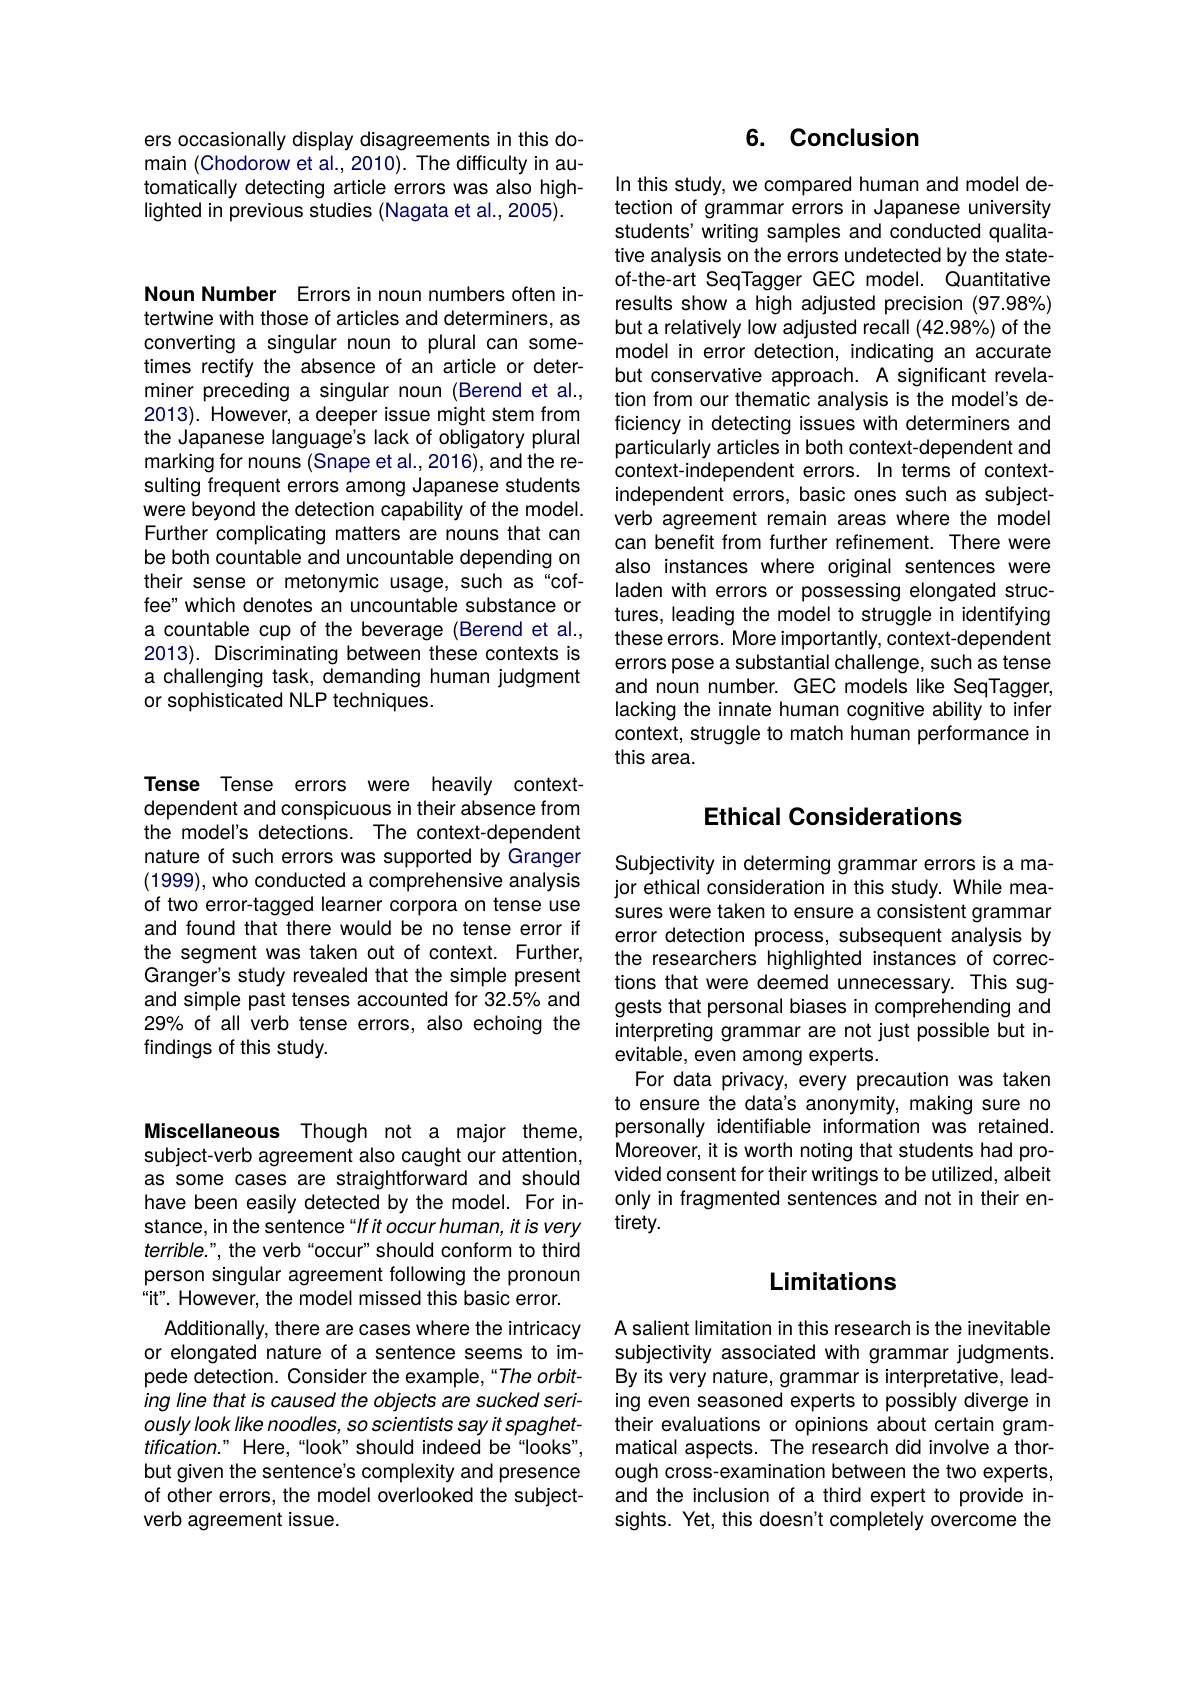
ers occasionally display disagreements in this domain (Chodorow et al., 2010). The difficulty in automatically detecting article errors was also highlighted in previous studies (Nagata et al., 2005).

Noun Number Errors in noun numbers often intertwine with those of articles and determiners, as converting a singular noun to plural can sometimes rectify the absence of an article or determiner preceding a singular noun (Berend et al., 2013). However, a deeper issue might stem from the Japanese language's lack of obligatory plural marking for nouns (Snape et al.,2016), and the resulting frequent errors among Japanese students were beyond the detection capability of the model. Further complicating matters are nouns that can be both countable and uncountable depending on their sense or metonymic usage, such as"coffee" which denotes an uncountable substance or a countable cup of the beverage (Berend et al., 2013). Discriminating between these contexts is a challenging task, demanding human judgment or sophisticated NLP techniques.

Miscellaneous Though not a major theme, subject-verb agreement also caught our attention, as some cases are straightforward and should have been easily detected by the model. For instance, in the sentence“If it occur human, it is very terrible." the verb“occur" should conform to third person singular agreement following the pronoun "it". However, the model missed this basic error. Additionally, there are cases where the intricacy or elongated nature of a sentence seems to impede detection. Consider the example,“The orbiting line that is caused the objects are sucked seriously look like noodles, so scientists say it spaghet- $tification. "$Here, “ look” should indeed be“ looks" , but given the sentence's complexity and presence of other errors, the model overlooked the subjectverb agreement issue.

Tense Tense errors were heavily contextdependent and conspicuous in their absence from the model's detections. The context-dependent nature of such errors was supported by Granger (1999), who conducted a comprehensive analysis of two error-tagged learner corpora on tense use and found that there would be no tense error if the segment was taken out of context. Further, Granger's study revealed that the simple present and simple past tenses accounted for 32.5% and 29% of all verb tense errors, also echoing the findings of this study.

## 6. Conclusion

In this study, we compared human and model detection of grammar errors in Japanese university students' writing samples and conducted qualitative analysis on the errors undetected by the stateof-the-art SeqTagger GEC model. Quantitative results show a high adjusted precision (97.98%) but a relatively low adjusted recall (42.98%) of the model in error detection, indicating an accurate but conservative approach. A significant revelation from our thematic analysis is the model's deficiency in detecting issues with determiners and particularly articles in both context-dependent and context-independent errors. In terms of contextindependent errors, basic ones such as subjectverb agreement remain areas where the model can benefit from further refinement. There were also instances where original sentences were laden with errors or possessing elongated structures, leading the model to struggle in identifying these errors. More importantly, context-dependent errors pose a substantial challenge, such as tense and noun number. GEC models like SeqTagger, lacking the innate human cognitive ability to infer context, struggle to match human performance in this area.

## Ethical Considerations

Subjectivity in determing grammar errors is a major ethical consideration in this study. While measures were taken to ensure a consistent grammar error detection process, subsequent analysis by the researchers highlighted instances of corrections that were deemed unnecessary. This suggests that personal biases in comprehending and interpreting grammar are not just possible but inevitable, even among experts.
For data privacy, every precaution was taken to ensure the data's anonymity, making sure no personally identifiable information was retained. Moreover, it is worth noting that students had provided consent for their writings to be utilized, albeit only in fragmented sentences and not in their entirety.

## Limitations

A salient limitation in this research is the inevitable subjectivity associated with grammar judgments. By its very nature, grammar is interpretative, leading even seasoned experts to possibly diverge in their evaluations or opinions about certain grammatical aspects. The research did involve a thorough cross-examination between the two experts, and the inclusion of a third expert to provide insights. Yet, this doesn't completely overcome the